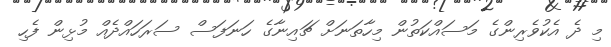
މި ދެ އެކުވެރިންގެ މަސައްކަތުން މިހާތަނަށް ޗައިނާގެ ހަނަފަސް ސަރަހައްދެއް މުޅިން ފެހި